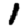
Digit: 1